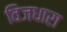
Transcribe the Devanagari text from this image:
विजधारा